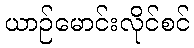
ယာဉ်မောင်းလိုင်စင်